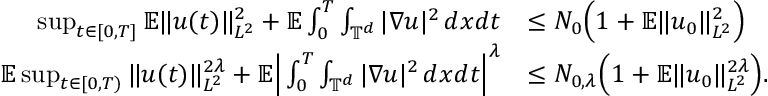
\begin{array} { r l } { \operatorname* { s u p } _ { t \in [ 0 , T ] } { \mathbb E } \| u ( t ) \| _ { L ^ { 2 } } ^ { 2 } + { \mathbb E } \int _ { 0 } ^ { T } \int _ { \mathbb { T } ^ { d } } | \nabla u | ^ { 2 } \, d x d t } & { \leq N _ { 0 } \Big ( 1 + { \mathbb E } \| u _ { 0 } \| _ { L ^ { 2 } } ^ { 2 } \Big ) } \\ { { \mathbb E } \operatorname* { s u p } _ { t \in [ 0 , T ) } \| u ( t ) \| _ { L ^ { 2 } } ^ { 2 \lambda } + { \mathbb E } \Big | \int _ { 0 } ^ { T } \int _ { \mathbb { T } ^ { d } } | \nabla u | ^ { 2 } \, d x d t \Big | ^ { \lambda } } & { \leq N _ { 0 , \lambda } \Big ( 1 + { \mathbb E } \| u _ { 0 } \| _ { L ^ { 2 } } ^ { 2 \lambda } \Big ) . } \end{array}